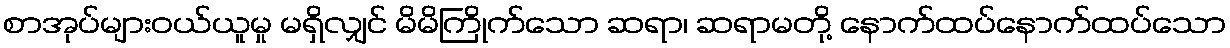
စာအုပ်များဝယ်ယူမှု မရှိလျှင် မိမိကြိုက်သော ဆရာ၊ ဆရာမတို့ နောက်ထပ်နောက်ထပ်သော